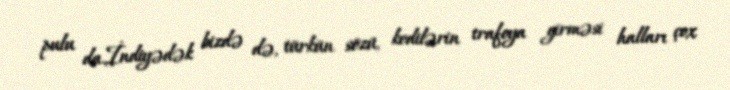
pulu da.İndiyədək bizdə də, türkün sözü, kedilərin trafoya girməsi halları çox